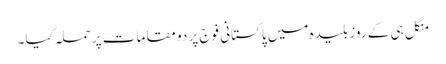
منگل ہی کے روز بلیدہ میں پاکستانی فوج پر دو مقامات پر حملہ کیا۔